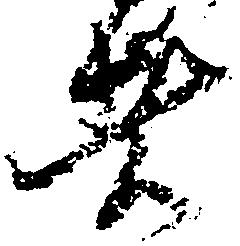
者